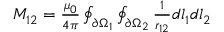
\begin{array} { r } { { M _ { 1 2 } } = \frac { { { \mu _ { 0 } } } } { { 4 \pi } } \oint _ { \partial { \Omega _ { 1 } } } { \oint _ { \partial { \Omega _ { 2 } } } { \frac { 1 } { { { r _ { 1 2 } } } } d { l _ { 1 } } d { l _ { 2 } } } } } \end{array}